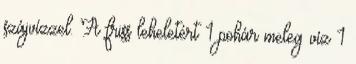
szájvízzel. A friss leheletért 1 pohár meleg víz 1